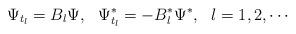
LaTeX: \begin{align*}\Psi_{t_l}= B_l \Psi, \ \ \Psi^*_{t_l}= -B_l^* \Psi^* ,\ \ l=1,2,\cdots\end{align*}